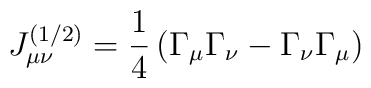
J_{\mu \nu }^{(1/2)}=\frac 14\left( \Gamma _\mu \Gamma _\nu -\Gamma _\nu\Gamma _\mu \right)